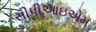
સીપીઆઇએમ